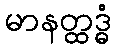
မာနတ္ထဒ္ဓံ